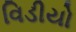
વિડીયો